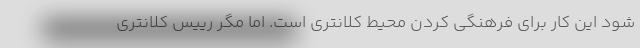
شود این کار برای فرهنگی کردن محیط کلانتری است. اما مگر رییس کلانتری